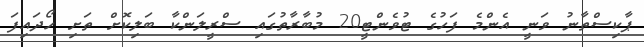
ޕާކިސްތާނު ވަނީ އެންމެ ފަހުގެ ޓުވެންޓީ20 މުބާރާތުގައި ސްރީލަންކާ ބަލިކޮށް ތަށި ހޯދައިފަ